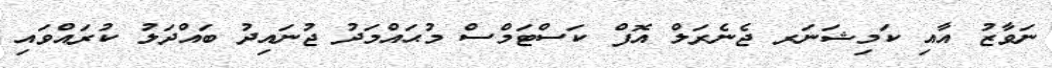
ނަވާޒު އާއި ކަމިޝަނަރ ޖެނެރަލް އޮފް ކަސްޓަމްސް މުޙައްމަދު ޖުނައިދު ބައްދަލު ކުރައްވައި